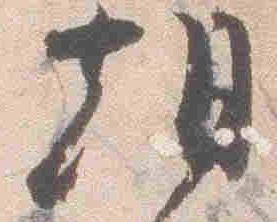
朝